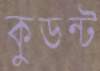
কুডন্ট